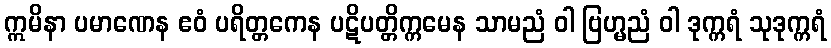
ဣမိနာ ပမာဏေန ဧဝံ ပရိတ္တကေန ပဋိပတ္တိက္ကမေန သာမညံ ဝါ ဗြဟ္မညံ ဝါ ဒုက္ကရံ သုဒုက္ကရံ